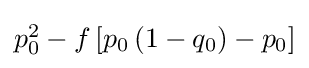
{\textstyle p_{0}^{2}-f\left[p_{0}\left(1-q_{0}\right)-p_{0}\right]}